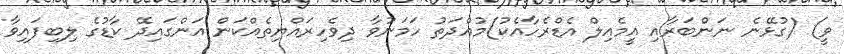
ވީ) (ގުޅޭނެ ނަންބަރާއި އީމެއިލް އެޑްރެހާއެކު)މުއްދަތު ހަމަނުވާ ދިވެހިރައްޔިތެއްކަން އަންގައިދޭ ކާޑުގެ ލިބިފައިވާ